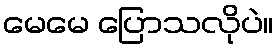
မေမေ ပြောသလိုပဲ။